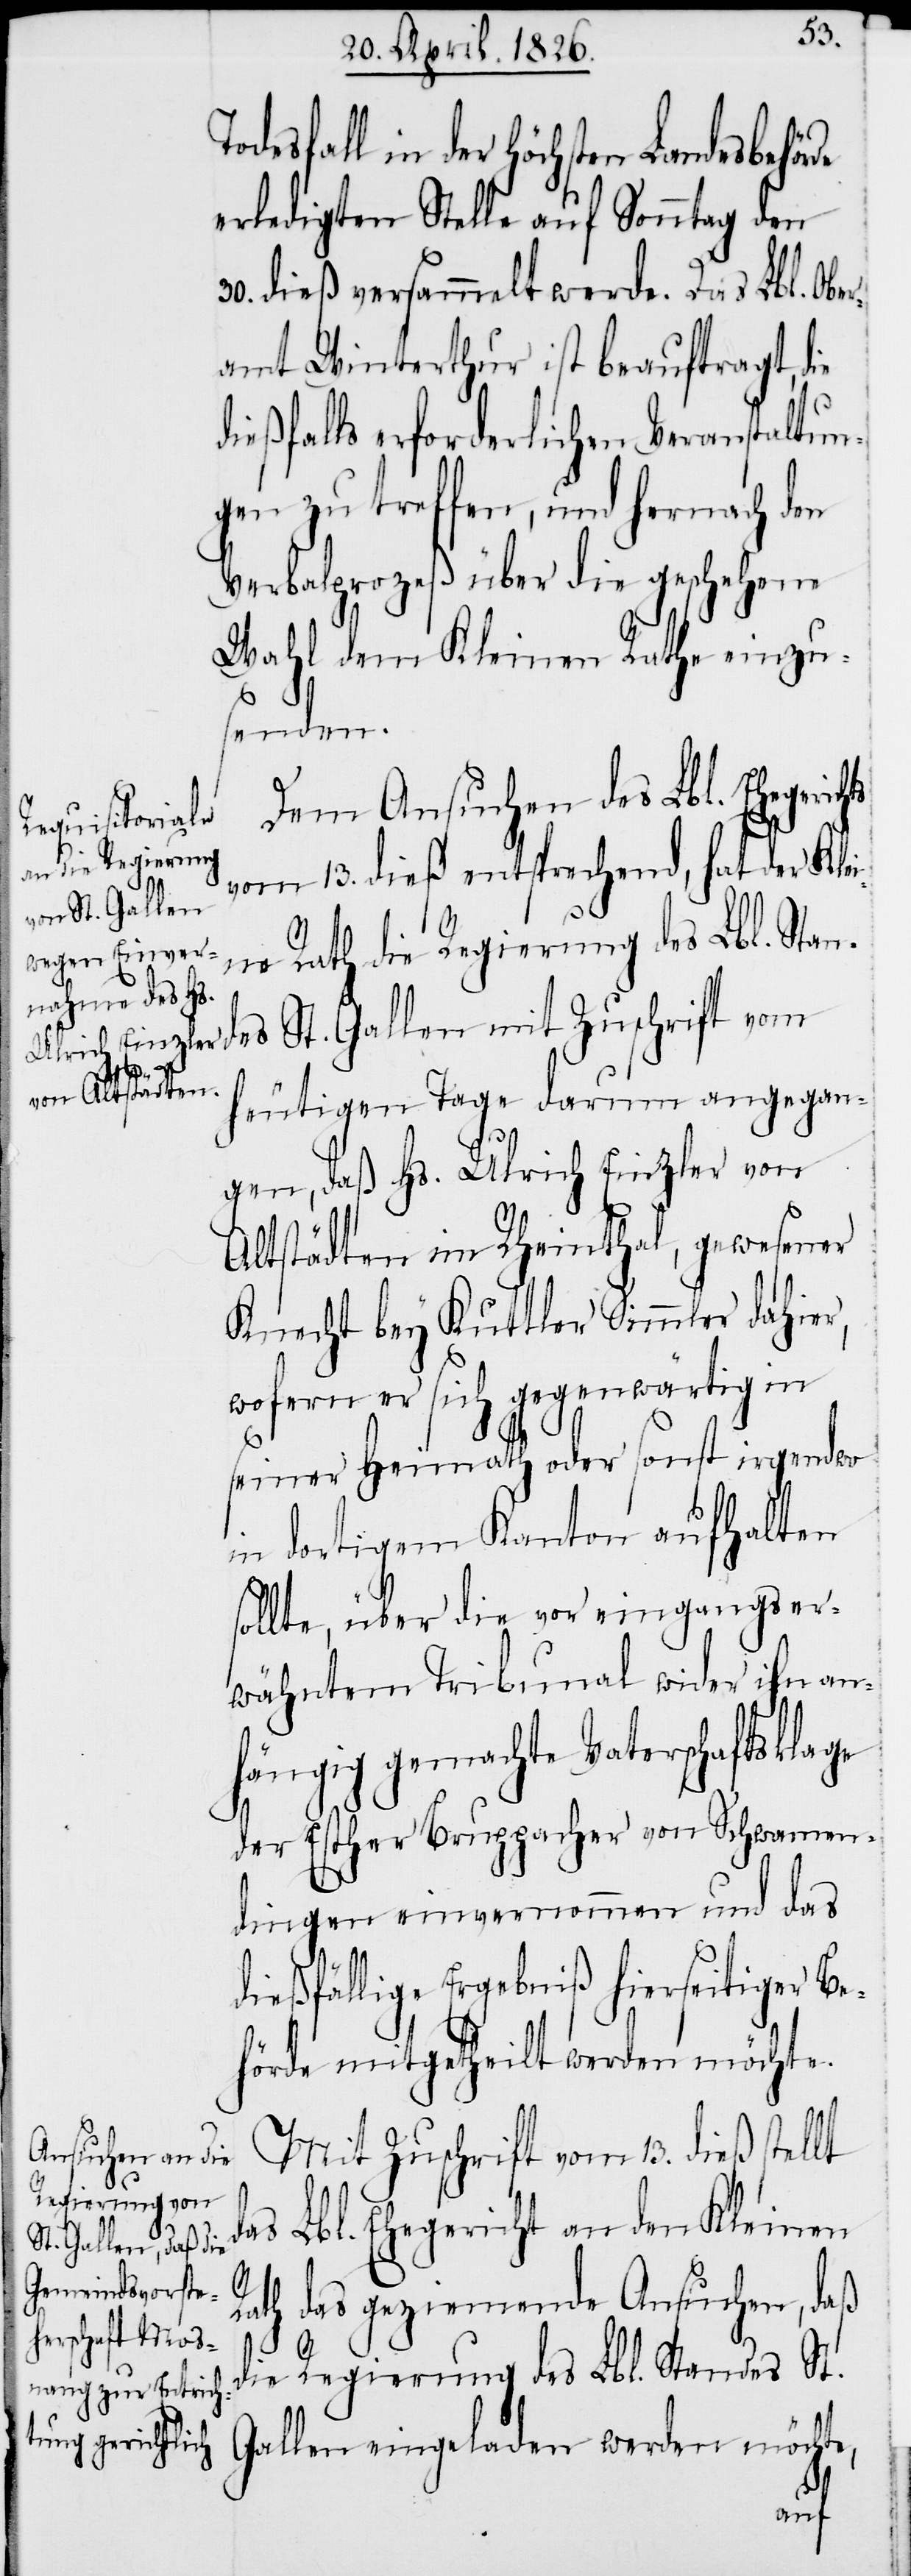
lt
d¬

desfall in der höchsten Landesbehör¬
erledigten Stelle auf Sonntag den
30. dieß versammelt werde. Das Lbl. Ober¬
amt Winterthur ist beauftragt, die
dießfalls erforderlichen Veranstaltun¬
gen zu treffen, und hernach den
Verbalprozeß über die geschehene
Wahl dem Kleinen Rath einzu¬
senden.
Dem Ansuchen des Lbl. Ehegerich¬
vom 13. dieß entsprechend, hat der Klei¬
ne Rath die Regierung des Lbl. Stan¬
es St. Gallen mit Zuschrift vom
heutigen Tage darum angegan¬
gen, daß Hs. Ulrich Einzler von
Altstädten im Rheinthal, gewesener
Knecht bey Kuttler Simmler dahier,
wofern er sich gegenwärtig in
seiner Heimath oder sonst irgendwo
in dortigem Kanton aufhalten
sollte, über die vor eingangs er¬
wähntem Tribunal wider ihn an¬
hängig gemachte Vaterschaftsklage
der Esther Bruppacher von Schwamen¬
dingen einvernommen und das
dießfällige Ergebniß hierseitiger Be¬
hörde mitgetheilt werden möchte.
Mit Zuschrift vom 13. dieß stel¬
as Lbl. Ehegericht an den Kleinen
Rath das geziemende Ansuchen, daß
die Regierung des Lbl. Standes St.
Gallen eingeladen werden möchte,